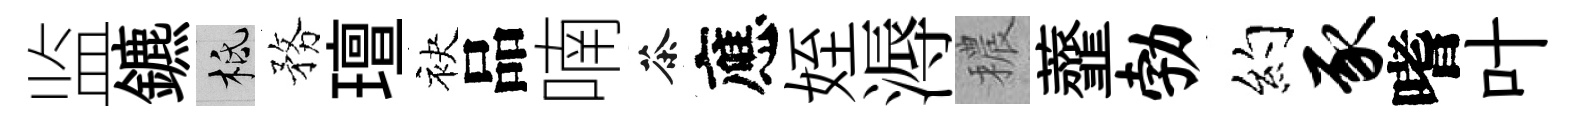
监鑣柢務璮袂品喃茶應姪溽穠虀勃约豕嗜叶